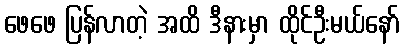
ဖေဖေ ပြန်လာတဲ့ အထိ ဒီနားမှာ ထိုင်ဦးမယ်နော်